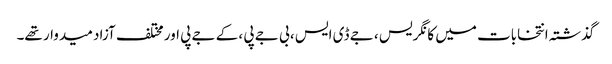
گذشتہ انتخابات میں کانگریس ، جے ڈی ایس ، بی جے پی ، کے جے پی اور مختلف آزاد میدوار تھے۔